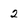
Character: 2